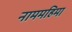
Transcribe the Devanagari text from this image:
नाममहिमा